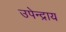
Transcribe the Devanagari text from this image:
उपेन्द्राय